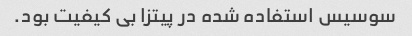
سوسیس استفاده شده در پیتزا بی کیفیت بود.